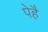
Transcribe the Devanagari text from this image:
पेहै